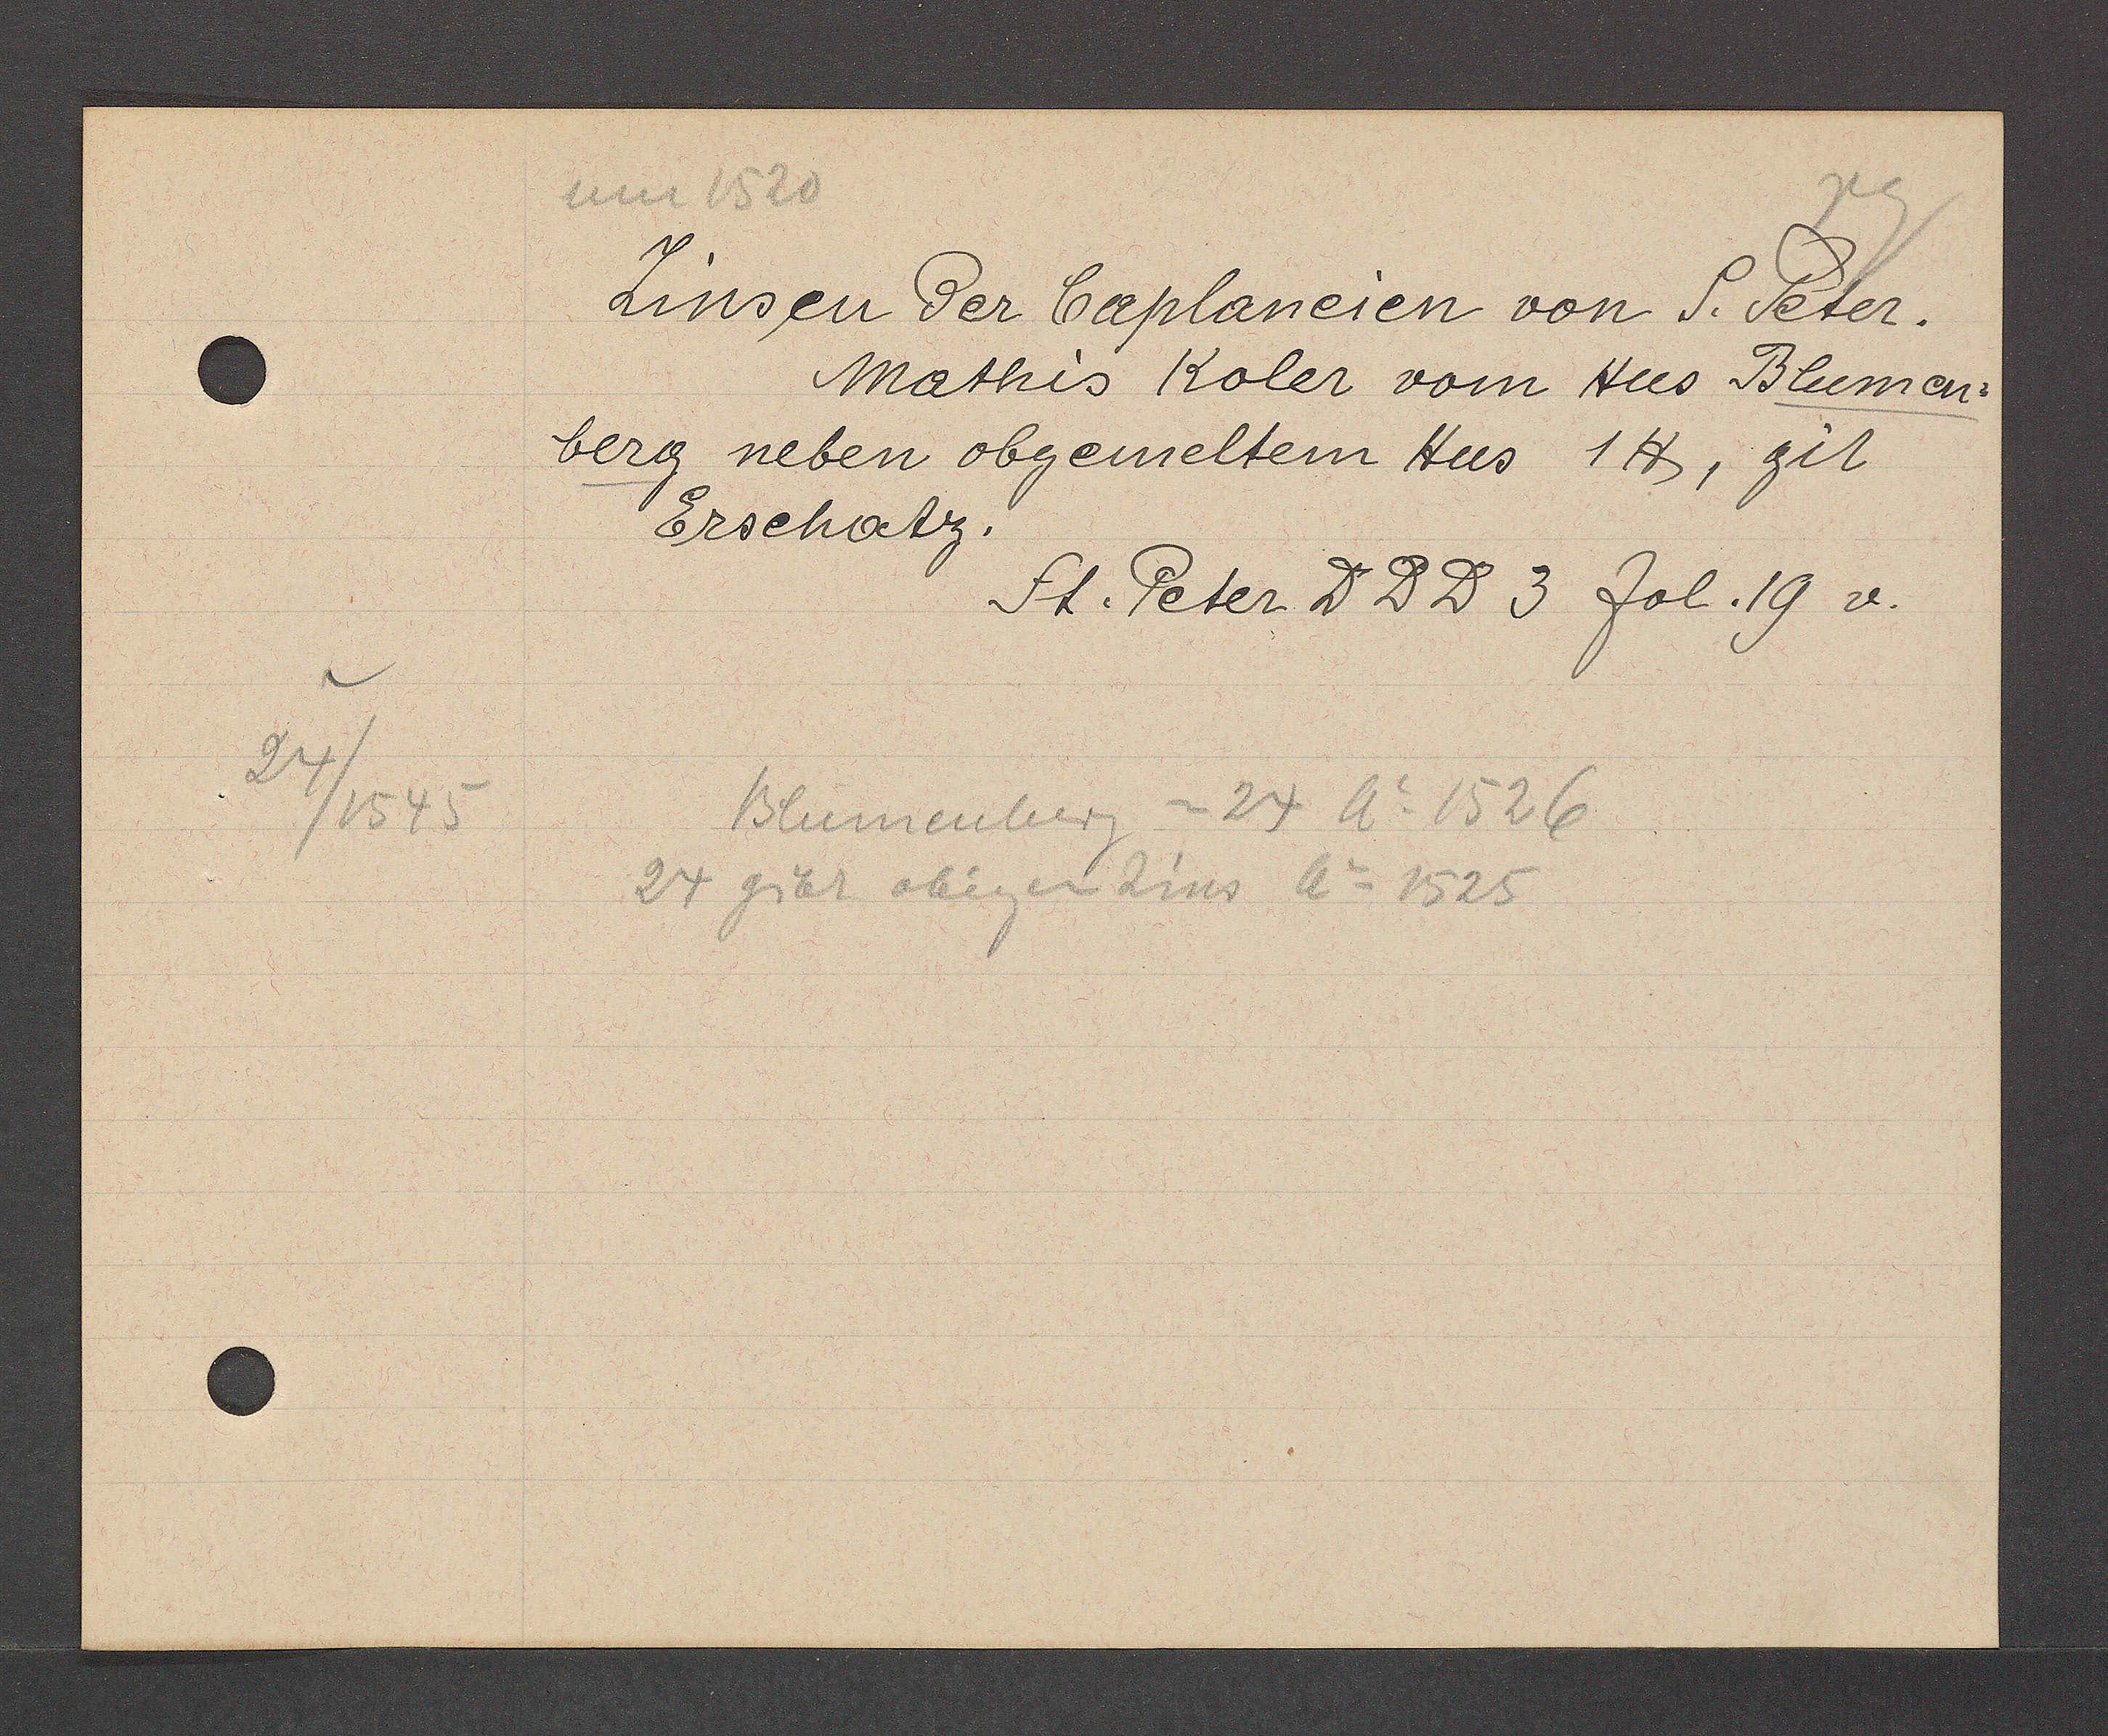
Transcript:
24/ 1545

um 1520
Zinsen der Caplaneien von S. Peter.
Mathis Koler vom Hus Blumen-
berg neben obgemeltem Hus 1℔, git
Erschatz.
St. Peter DDD3 fol.19 v.
Blumenberg = 24 Ao 1526.
24 gibt obigen Zins Ao 1525